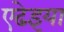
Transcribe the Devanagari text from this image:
एढेइया